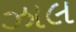
ઝાલ